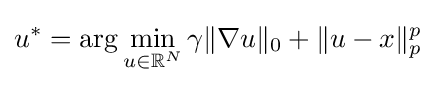
u^{*}=\arg \min _{u\in \mathbb {R} ^{N}}\gamma \|\nabla u\|_{0}+\|u-x\|_{p}^{p}